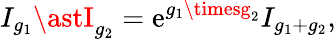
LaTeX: I_{g_{1}}\astI_{g_{2}}=\mathrm{e}^{g_{1}\timesg_{2}}I_{g_{1}+g_{2}},